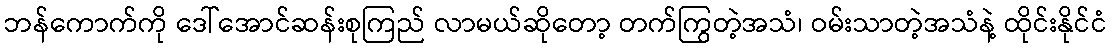
ဘန်ကောက်ကို ဒေါ်အောင်ဆန်းစုကြည် လာမယ်ဆိုတော့ တက်ကြွတဲ့အသံ၊ ဝမ်းသာတဲ့အသံနဲ့ ထိုင်းနိုင်ငံ